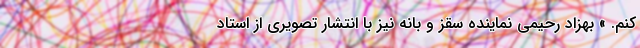
کنم. » بهزاد رحیمی نماینده سقز و بانه نیز با انتشار تصویری از استاد